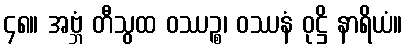
၄၈။ အဗ္ဘံ တီသွထ ဝဿဉ္စ၊ ဝဿနံ ဝုဋ္ဌိ နာရိယံ။